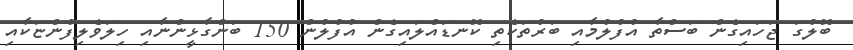
ބޮލުގަ ޖަހައިގެން ބަސްތާ އުފުލުމާއި ބަރުތަކެތި ކޮނޑައްލައިގެން އުފުލުން 150 ބަންގާޅީންނާއި ހިލަވެލިފުންޏަކާއި